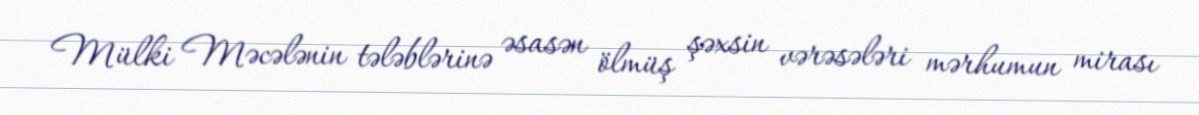
Mülki Məcələnin tələblərinə əsasən ölmüş şəxsin vərəsələri mərhumun mirası